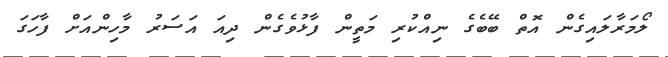
ލޯމަރާލައިގެން އޮތް ބޭބެގެ ނިއްކުރި މަތީން ފާޅުވެގެން ދިއަ އަސަރު މާހިންއަށް ފާހަގަ